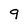
Character: 9